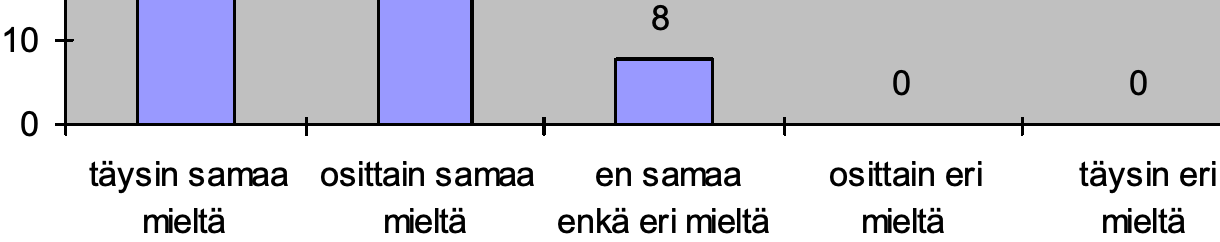
8 10 0       0 0 täysin samaa osittain samaa en samaa osittain eri täysin eri mieltä  mieltä enkä eri mieltä mieltä mieltä